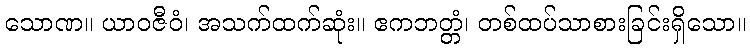
သောဏ။ ယာဝဇီဝံ၊ အသက်ထက်ဆုံး။ ဧကဘတ္တံ၊ တစ်ထပ်သာစားခြင်းရှိသော။